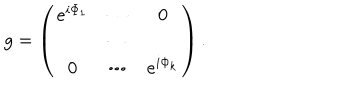
g = \left( \begin{array} { c c c } { { e ^ { i \Phi _ { 1 } } } } & { { \cdots } } & { { 0 } } \\ { { } } & { { \cdots } } & { { } } \\ { { 0 } } & { { \cdots } } & { { e ^ { i \Phi _ { k } } } } \\ \end{array} \right) .